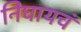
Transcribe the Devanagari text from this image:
निघायचं